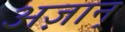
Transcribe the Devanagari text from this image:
अज़ान्